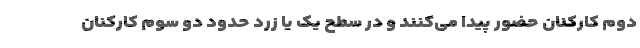
دوم کارکنان حضور پیدا می‌کنند و در سطح یک یا زرد حدود دو سوم کارکنان